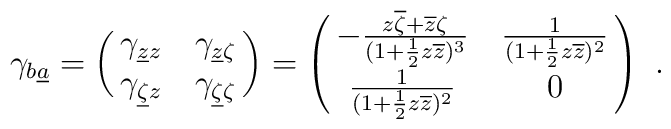
\gamma_{b \underline a} =\pmatrix{ \gamma_{\underline z  z} & \gamma_{ \underline z \zeta} \cr         \gamma_{ \underline \zeta z} & \gamma_{\underline \zeta \zeta} \cr}= \pmatrix{ -{z\overline \zeta + \overline z\zeta \over (1 + {1 \over 2}z  \overline z)^3 } &  {1 \over (1 + {1 \over 2}z\overline z)^2}   \cr   {1 \over  (1 + {1 \over 2}z\overline z)^2}  &   0     \cr}\ .